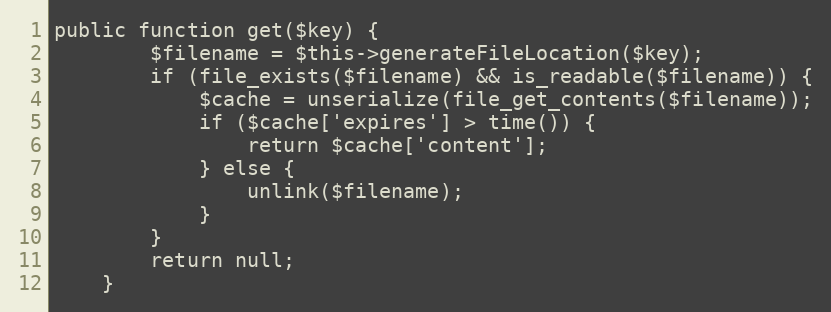
Language: PHP
public function get($key) {
        $filename = $this->generateFileLocation($key);
        if (file_exists($filename) && is_readable($filename)) {
            $cache = unserialize(file_get_contents($filename));
            if ($cache['expires'] > time()) {
                return $cache['content'];
            } else {
                unlink($filename);
            }
        }
        return null;
    }